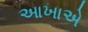
આખાએ